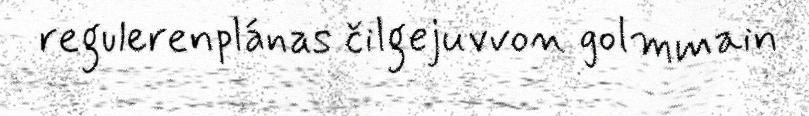
regulerenplánas čilgejuvvon golmmain